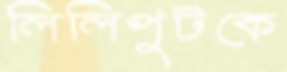
লিলিপুটকে